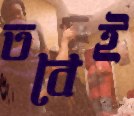
তবেই